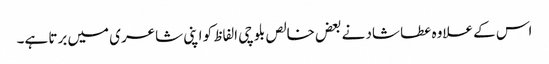
اس کے علاوہ عطا شاد نے بعض خالص بلوچی الفاظ کو اپنی شاعری میں برتا ہے۔